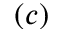
( c )